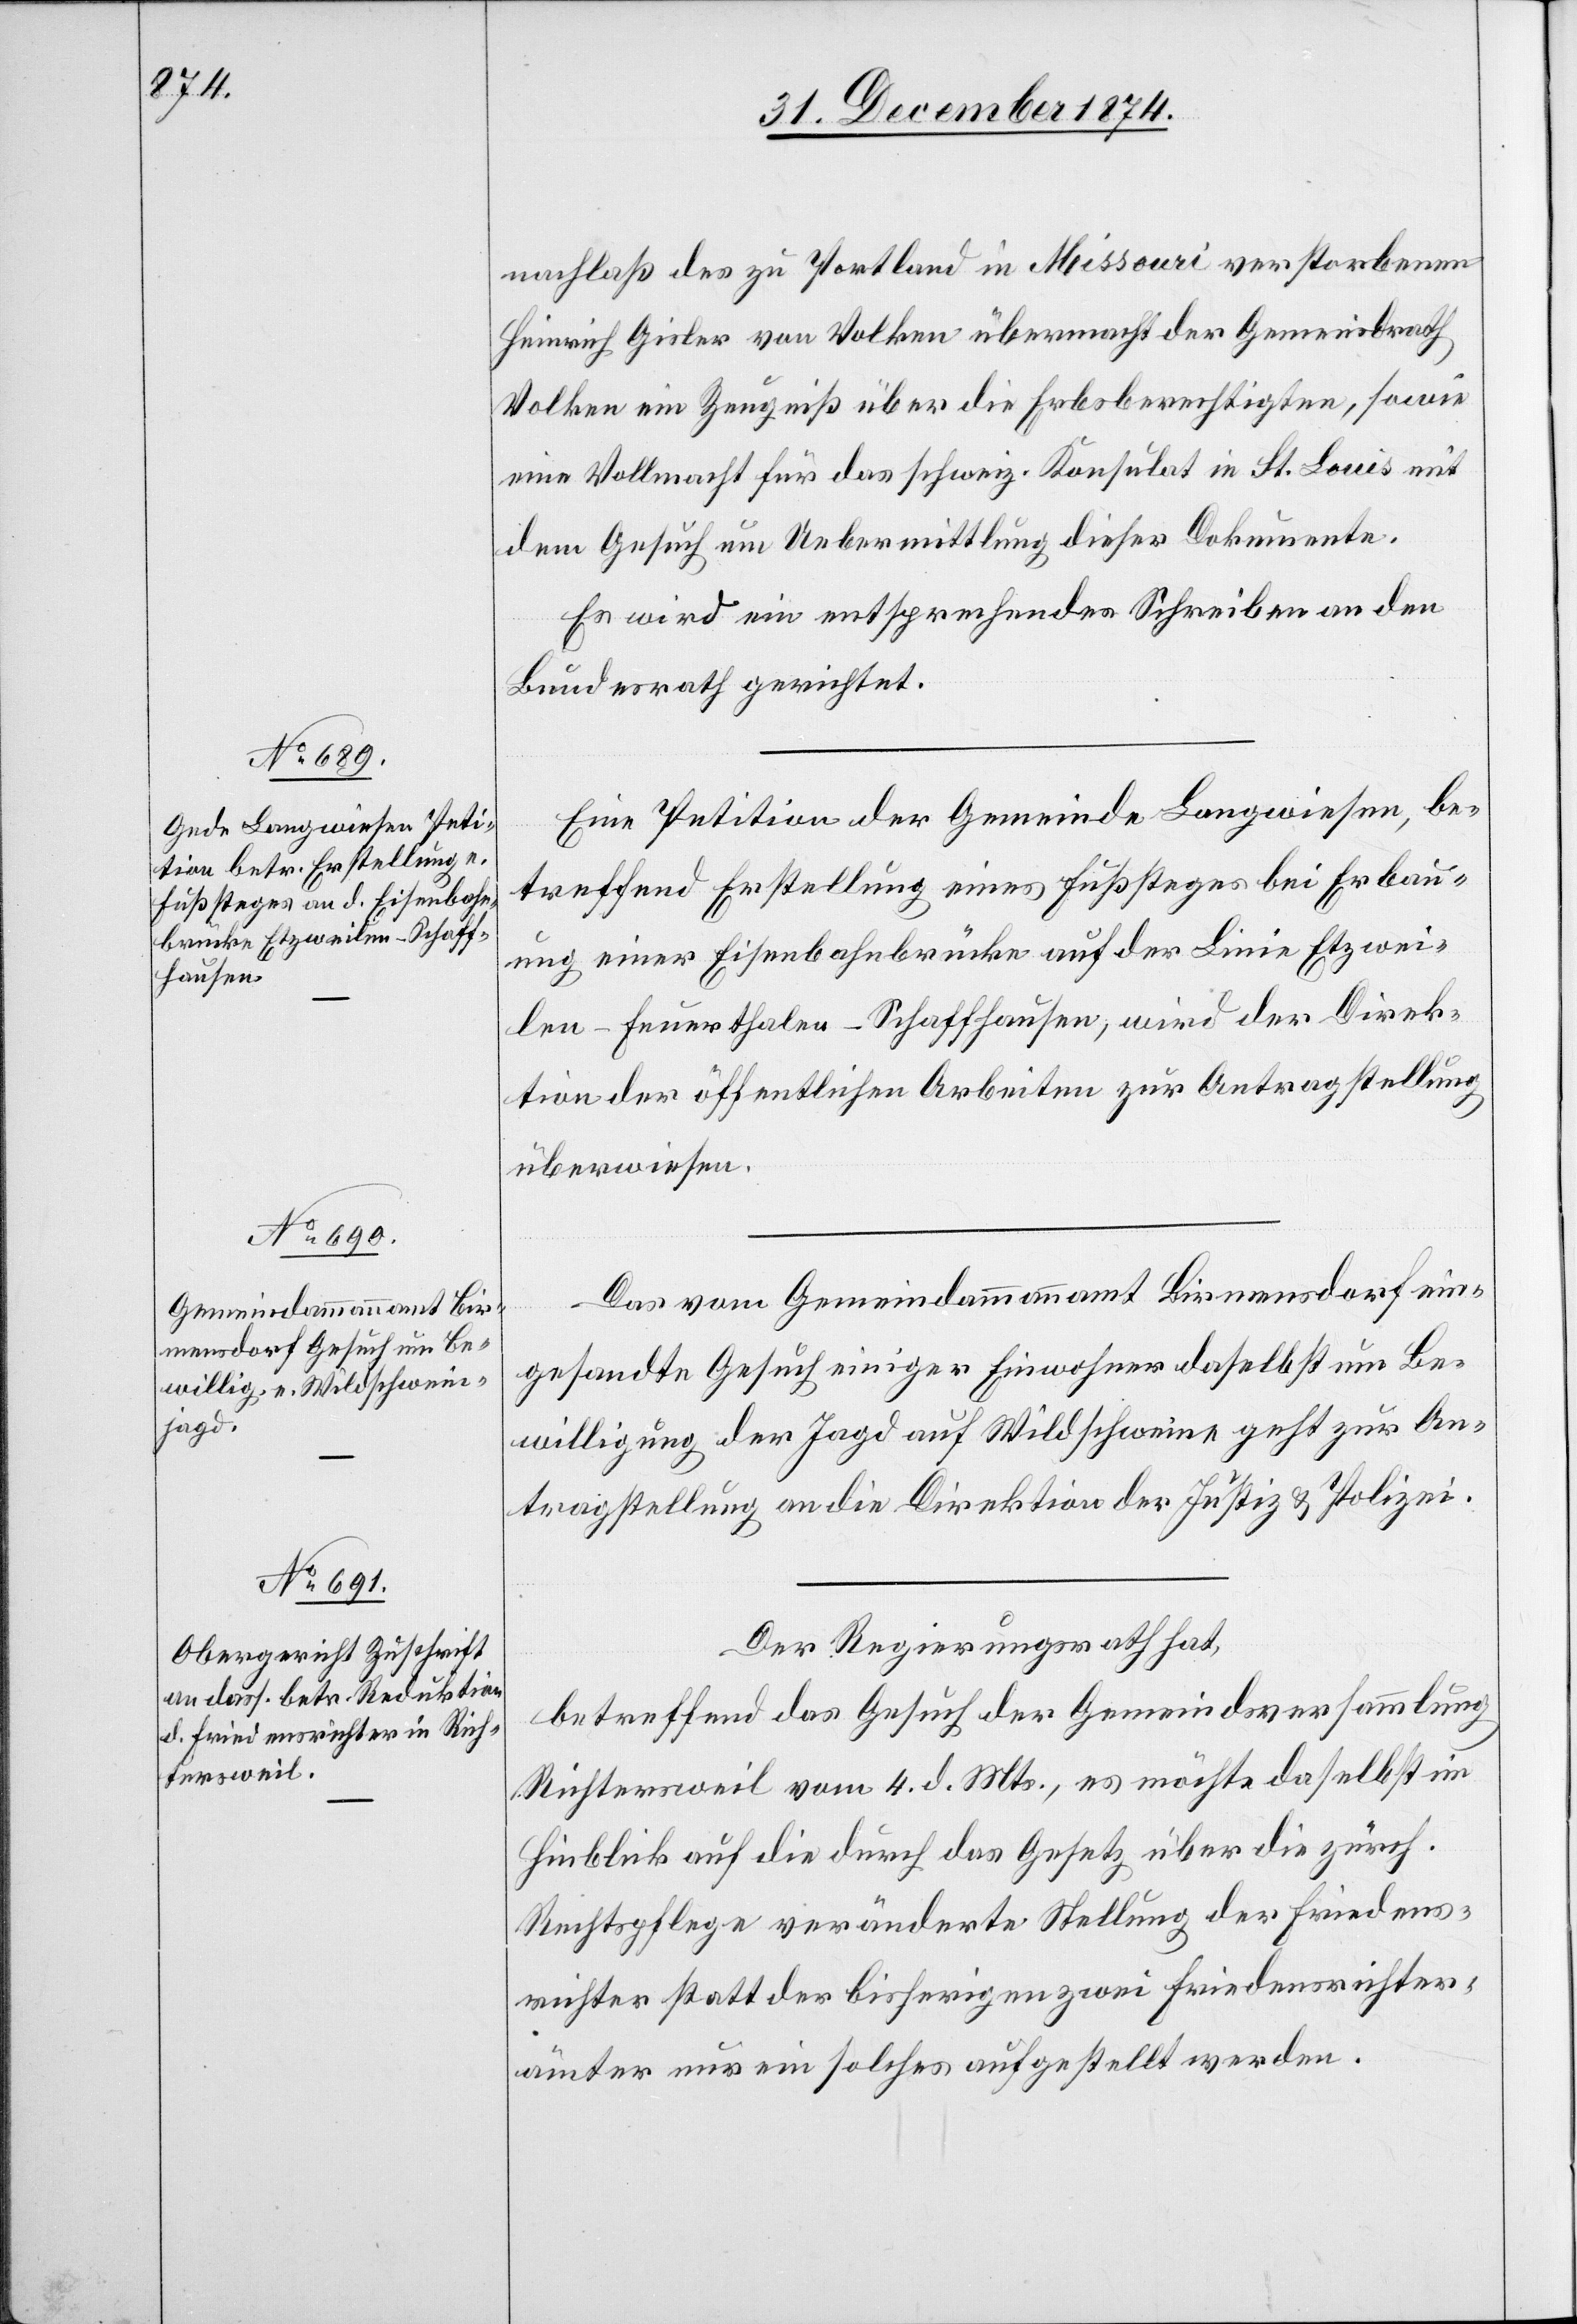
nachlaß des zu Portland in Missouri verstorbenen
Heinrich Gisler von Volken übermacht der Gemeindrath
Volken ein Zeugniß über die Erbsberechtigten, sowie
eine Vollmacht für das schweiz. Konsulat in St. Louis mit
dem Gesuch um Uebermittlung dieser Dokumente.
Es wird ein entsprechendes Schreiben an den
Bundesrath gerichtet.
Eine Petition der Gemeinde Langwiesen, be¬
treffend Erstellung eines Fußsteges bei Erbau¬
ung einer Eisenbahnbrücke auf der Linie Etzwei¬
len–Feuerthalen–Schaffhausen, wird der Direk¬
tion der öffentlichen Arbeiten zur Antragstellung
überwiesen.
Das vom Gemeindammannamt Birmensdorf ein¬
gesandte Gesuch einiger Einwohner daselbst um Be¬
willigung der Jagd auf Wildschweine geht zur An¬
tragstellung an die Direktion der Justiz & Polizei.
Der Regierungsrath hat,
betreffend das Gesuch der Gemeindsversammlung
Richtersweil vom 4. d. Mts., es möchte daselbst im
Hinblick auf die durch das Gesetz über die zürch.
Rechtspflege veränderte Stellung der Friedens¬
richter statt der bisherigen zwei Friedensrichter¬
ämter nur ein solches aufgestellt werden.